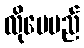
လိုပေမည်